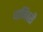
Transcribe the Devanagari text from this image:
धानिवरी